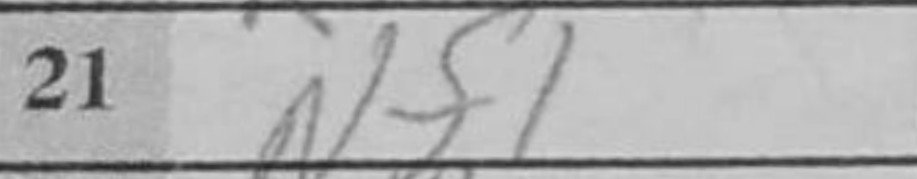
Transcription: Nf1